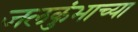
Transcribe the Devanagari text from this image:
जलकुंभाच्या